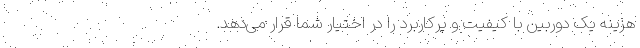
هزینه یک دوربین با کیفیت و پرکاربرد را در اختیار شما قرار می‌دهد.